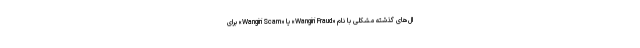
ال‌های گذشته مشکلی با نام «Wangiri Fraud» یا «Wangiri Scam» برای